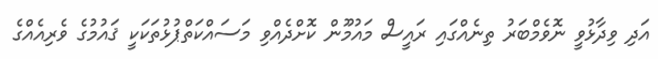
އަދި ވިދާޅުވީ ނޮވެމްބަރު ތިނެއްގައި ރައީސް މައުމޫން ކޮށްދެއްވި މަސައްކަތްޕުޅުތަކަކީ ޤައުމުގެ ވެރިއެއްގެ